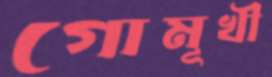
গোমূখী